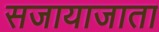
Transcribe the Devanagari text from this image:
सजायाजाता